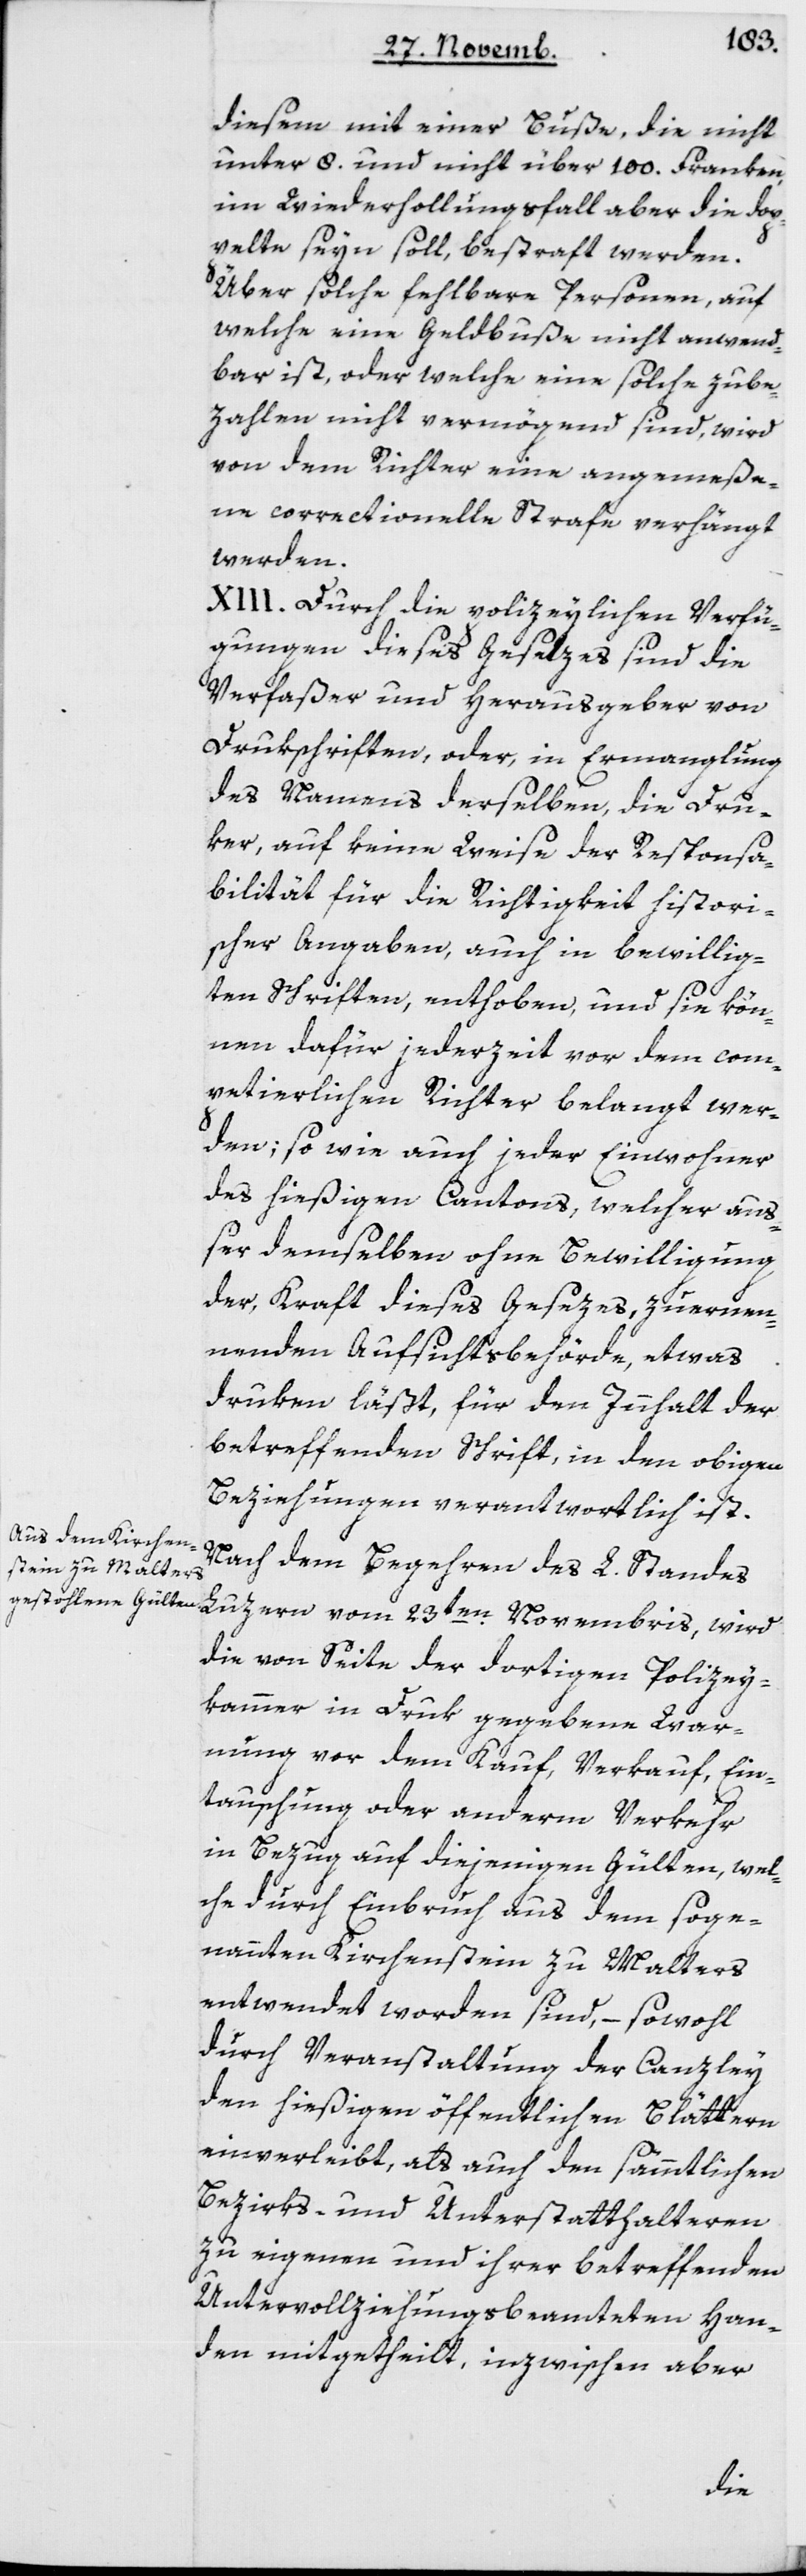
diesem mit einer Buße, die nicht
unter 8 und nicht über 100 Franken,
im Wiederholungsfall aber die dop¬
pelte seyn soll, bestraft werden.
Über solche fehlbare Personen, auf
welche eine Geldbuße nicht anwend¬
bar ist oder welche einer solche zu be¬
zahlen nicht vermögend sind, wird
von dem Richter eine angemeße¬
ne correctionelle Strafe verhängt
werden.
XIII. Durch die polizeylichen Verfü¬
gungen dieses Gesetzes sind die
Verfaßer und Herausgeber von
Drukschriften, oder in Ermanglung
des Namens derselben, die Dru¬
ker auf keine Weise der Responsa¬
bilität für die Richtigkeit histori¬
scher Angaben, auch in bewillig¬
ten Schriften, enthoben, und sie kön¬
nen dafür jederzeit vor dem com¬
petierlichen Richter belangt wer¬
den; so wie auch jeder Einwohner
des hießigen Cantons, welcher auß¬
er demselben ohne Bewilligung
der, kraft dieses Gesezes, zu ernen¬
nenden Aufsichtsbehörde, etwas
druken läßt, für den Inhalt der
betreffenden Schrift in den obigen
Beziehungen verantwortlich ist.
Nach dem Begehren des L. Standes
die von Seite der dortigen Polizey¬
kammer in Druk gegebene War¬
nung vor dem Kauf, Verkauf, Ein¬
tauschung oder anderm Verkehr
in Bezug auf diejenigen Gülten, wel¬
che durch Einbruch aus dem soge¬
nannten Kirchenstein zu Malters
entwendet worden sind, – sowohl
durch Veranstaltung der Canzley
den hießigen öffentlichen Blättern
einverleibt, als auch den sämmtlichen
Bezirks- und Unterstatthalteren
zu eigenem und ihrer betreffenden
Untervollziehungsbeamteten Han¬
den mitgetheilt, inzwischen aber